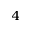
_ 4